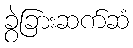
ခွဲခြားဆက်ဆံ